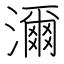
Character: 濔